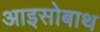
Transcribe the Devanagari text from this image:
आइसोबाथ